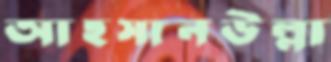
আহসানউল্লা